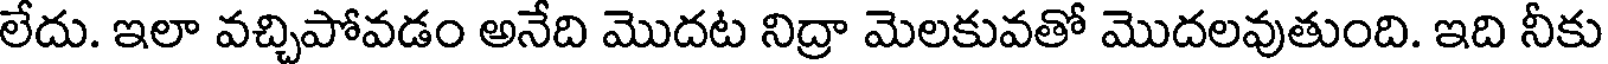
లేదు. ఇలా వచ్చిపోవడం అనేది మొదట నిద్రా మెలకువతో మొదలవుతుంది. ఇది నీకు